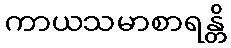
ကာယသမာစာရန္တိ